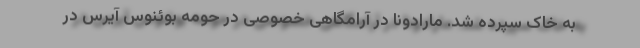
به خاک سپرده شد. مارادونا در آرامگاهی خصوصی در حومه بوئنوس آیرس در